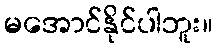
မအောင်နိုင်ပါဘူး။